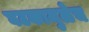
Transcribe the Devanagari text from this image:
घटकामुळेच